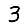
Digit: 3